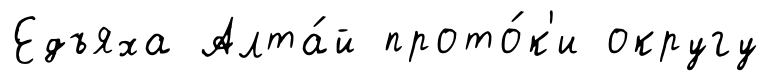
Едъяха Алта́й прото́к'и округу